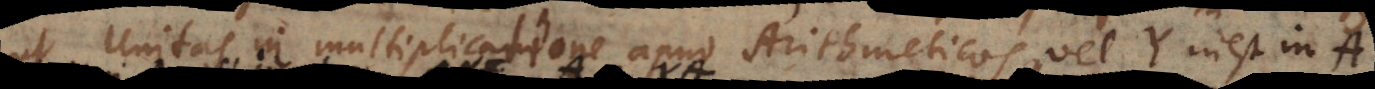
ut Unitas in multiplicatione apud Arithmeticos, vel Y inest in